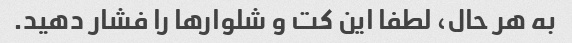
به هر حال، لطفا این کت و شلوارها را فشار دهید.